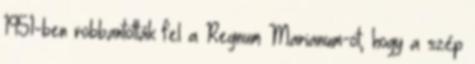
1951-ben robbantották fel a Regnum Marianum-ot, hogy a szép